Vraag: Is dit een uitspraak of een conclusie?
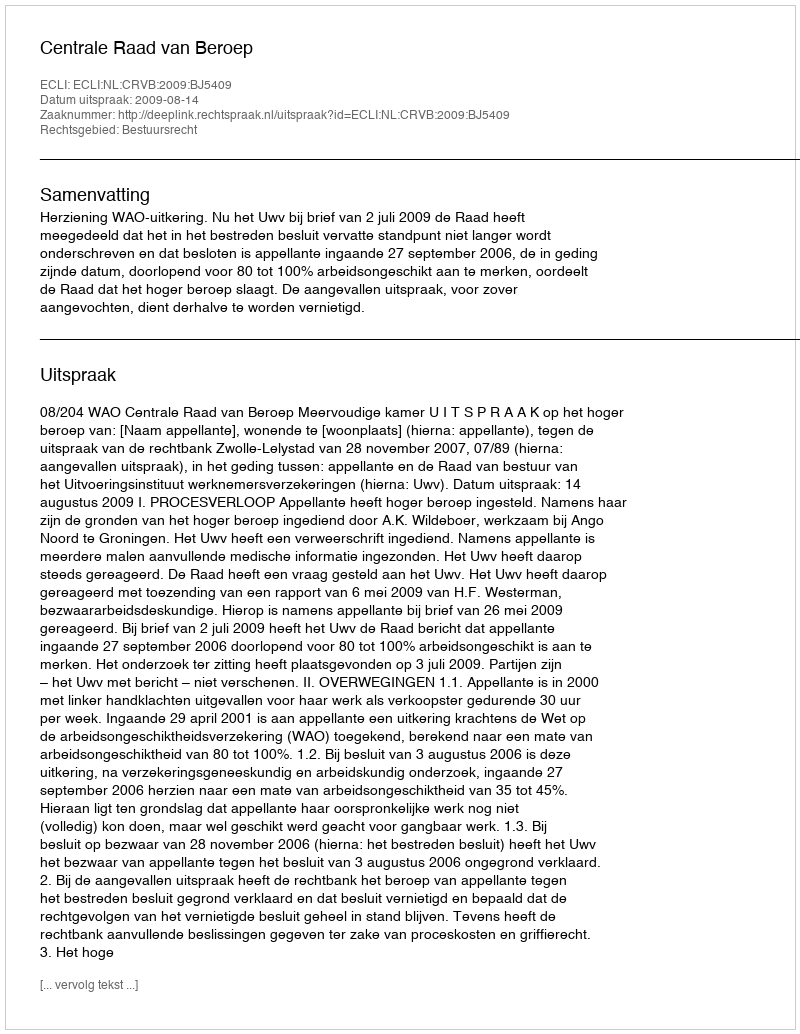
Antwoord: Uitspraak